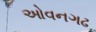
ઓવનગઢ